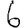
Digit: 6